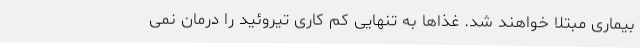
بیماری مبتلا خواهند شد. غذاها به تنهایی کم کاری تیروئید را درمان نمی